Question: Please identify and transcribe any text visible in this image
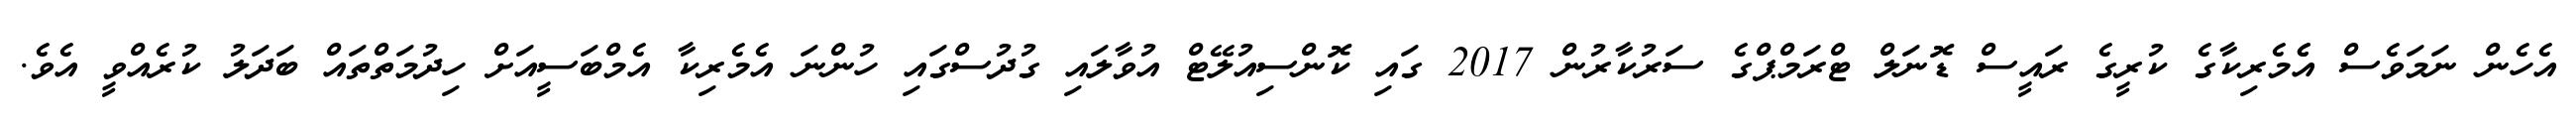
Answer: އެހެން ނަމަވެސް އެެމެރިކާގެ ކުރީގެ ރައީސް ޑޮނަލް ޓްރަމްޕްގެ ސަރުކާރުން 2017 ގައި ކޮންސިއުލޭޓް އުވާލައި ގުދުސްގައި ހުންނަ އެމެރިކާ އެމްބަސީއަށް ހިދުމަތްތައް ބަދަލު ކުރެއްވީ އެވެ.